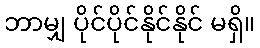
ဘာမျှ ပိုင်ပိုင်နိုင်နိုင် မရှိ။